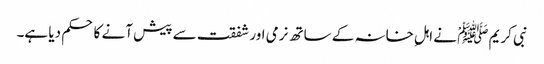
نبی کریم ﷺْ نے اہلِ خانہ کے ساتھ نرمی اور شفقت سے پیش آنے کا حکم دیا ہے۔